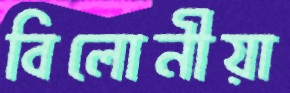
বিলোনীয়া